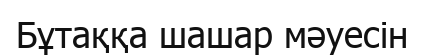
Бұтаққа шашар мәуесін